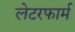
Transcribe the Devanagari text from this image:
लेटरफार्म